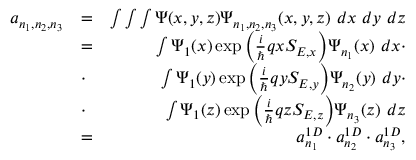
\begin{array} { r l r } { a _ { n _ { 1 } , n _ { 2 } , n _ { 3 } } } & { = } & { \int \int \int \Psi ( x , y , z ) \Psi _ { n _ { 1 } , n _ { 2 } , n _ { 3 } } ( x , y , z ) \ d x \ d y \ d z } \\ & { = } & { \int \Psi _ { 1 } ( x ) \exp { \Big ( \frac { i } { \hbar } q x S _ { E , x } \Big ) } \Psi _ { n _ { 1 } } ( x ) \ d x \cdot } \\ & { \cdot } & { \int \Psi _ { 1 } ( y ) \exp { \Big ( \frac { i } { \hbar } q y S _ { E , y } \Big ) } \Psi _ { n _ { 2 } } ( y ) \ d y \cdot } \\ & { \cdot } & { \int \Psi _ { 1 } ( z ) \exp { \Big ( \frac { i } { \hbar } q z S _ { E , z } \Big ) } \Psi _ { n _ { 3 } } ( z ) \ d z } \\ & { = } & { a _ { n _ { 1 } } ^ { 1 D } \cdot a _ { n _ { 2 } } ^ { 1 D } \cdot a _ { n _ { 3 } } ^ { 1 D } , } \end{array}